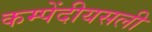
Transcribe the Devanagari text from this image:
कम्पेंदीयसली